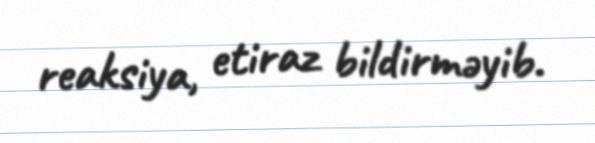
reaksiya, etiraz bildirməyib.